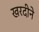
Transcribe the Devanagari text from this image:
खरदीने